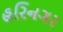
હરિનગર